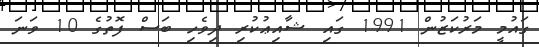
ގައުމީ މަރުކަޒުން 1991 ގައި ޝާއިޢުކުރި ދިވެހި ބަސް ފޮތުގެ 10 ވަނަ